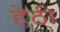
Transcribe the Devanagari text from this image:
हेठी